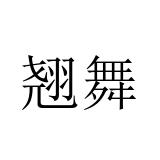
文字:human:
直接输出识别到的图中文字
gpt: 翘舞